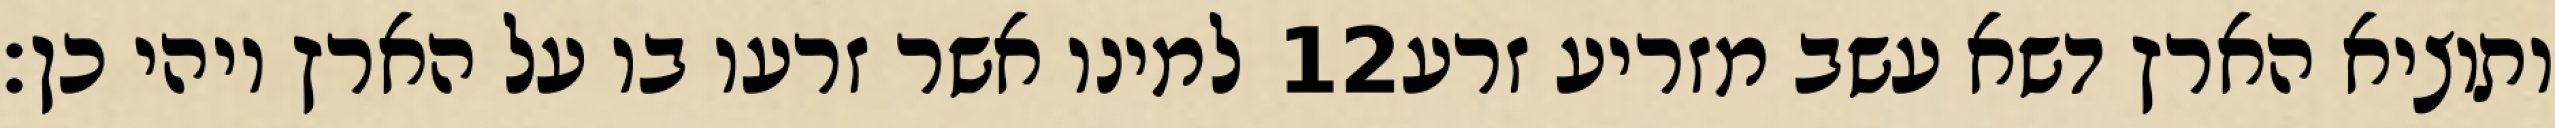
למינו אשר זרעו בו על הארץ ויהי כן׃ ‎12‏ ותוציא הארץ דשא עשב מזריע זרע